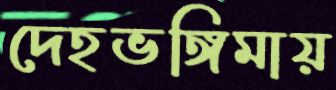
দেহভঙ্গিমায়